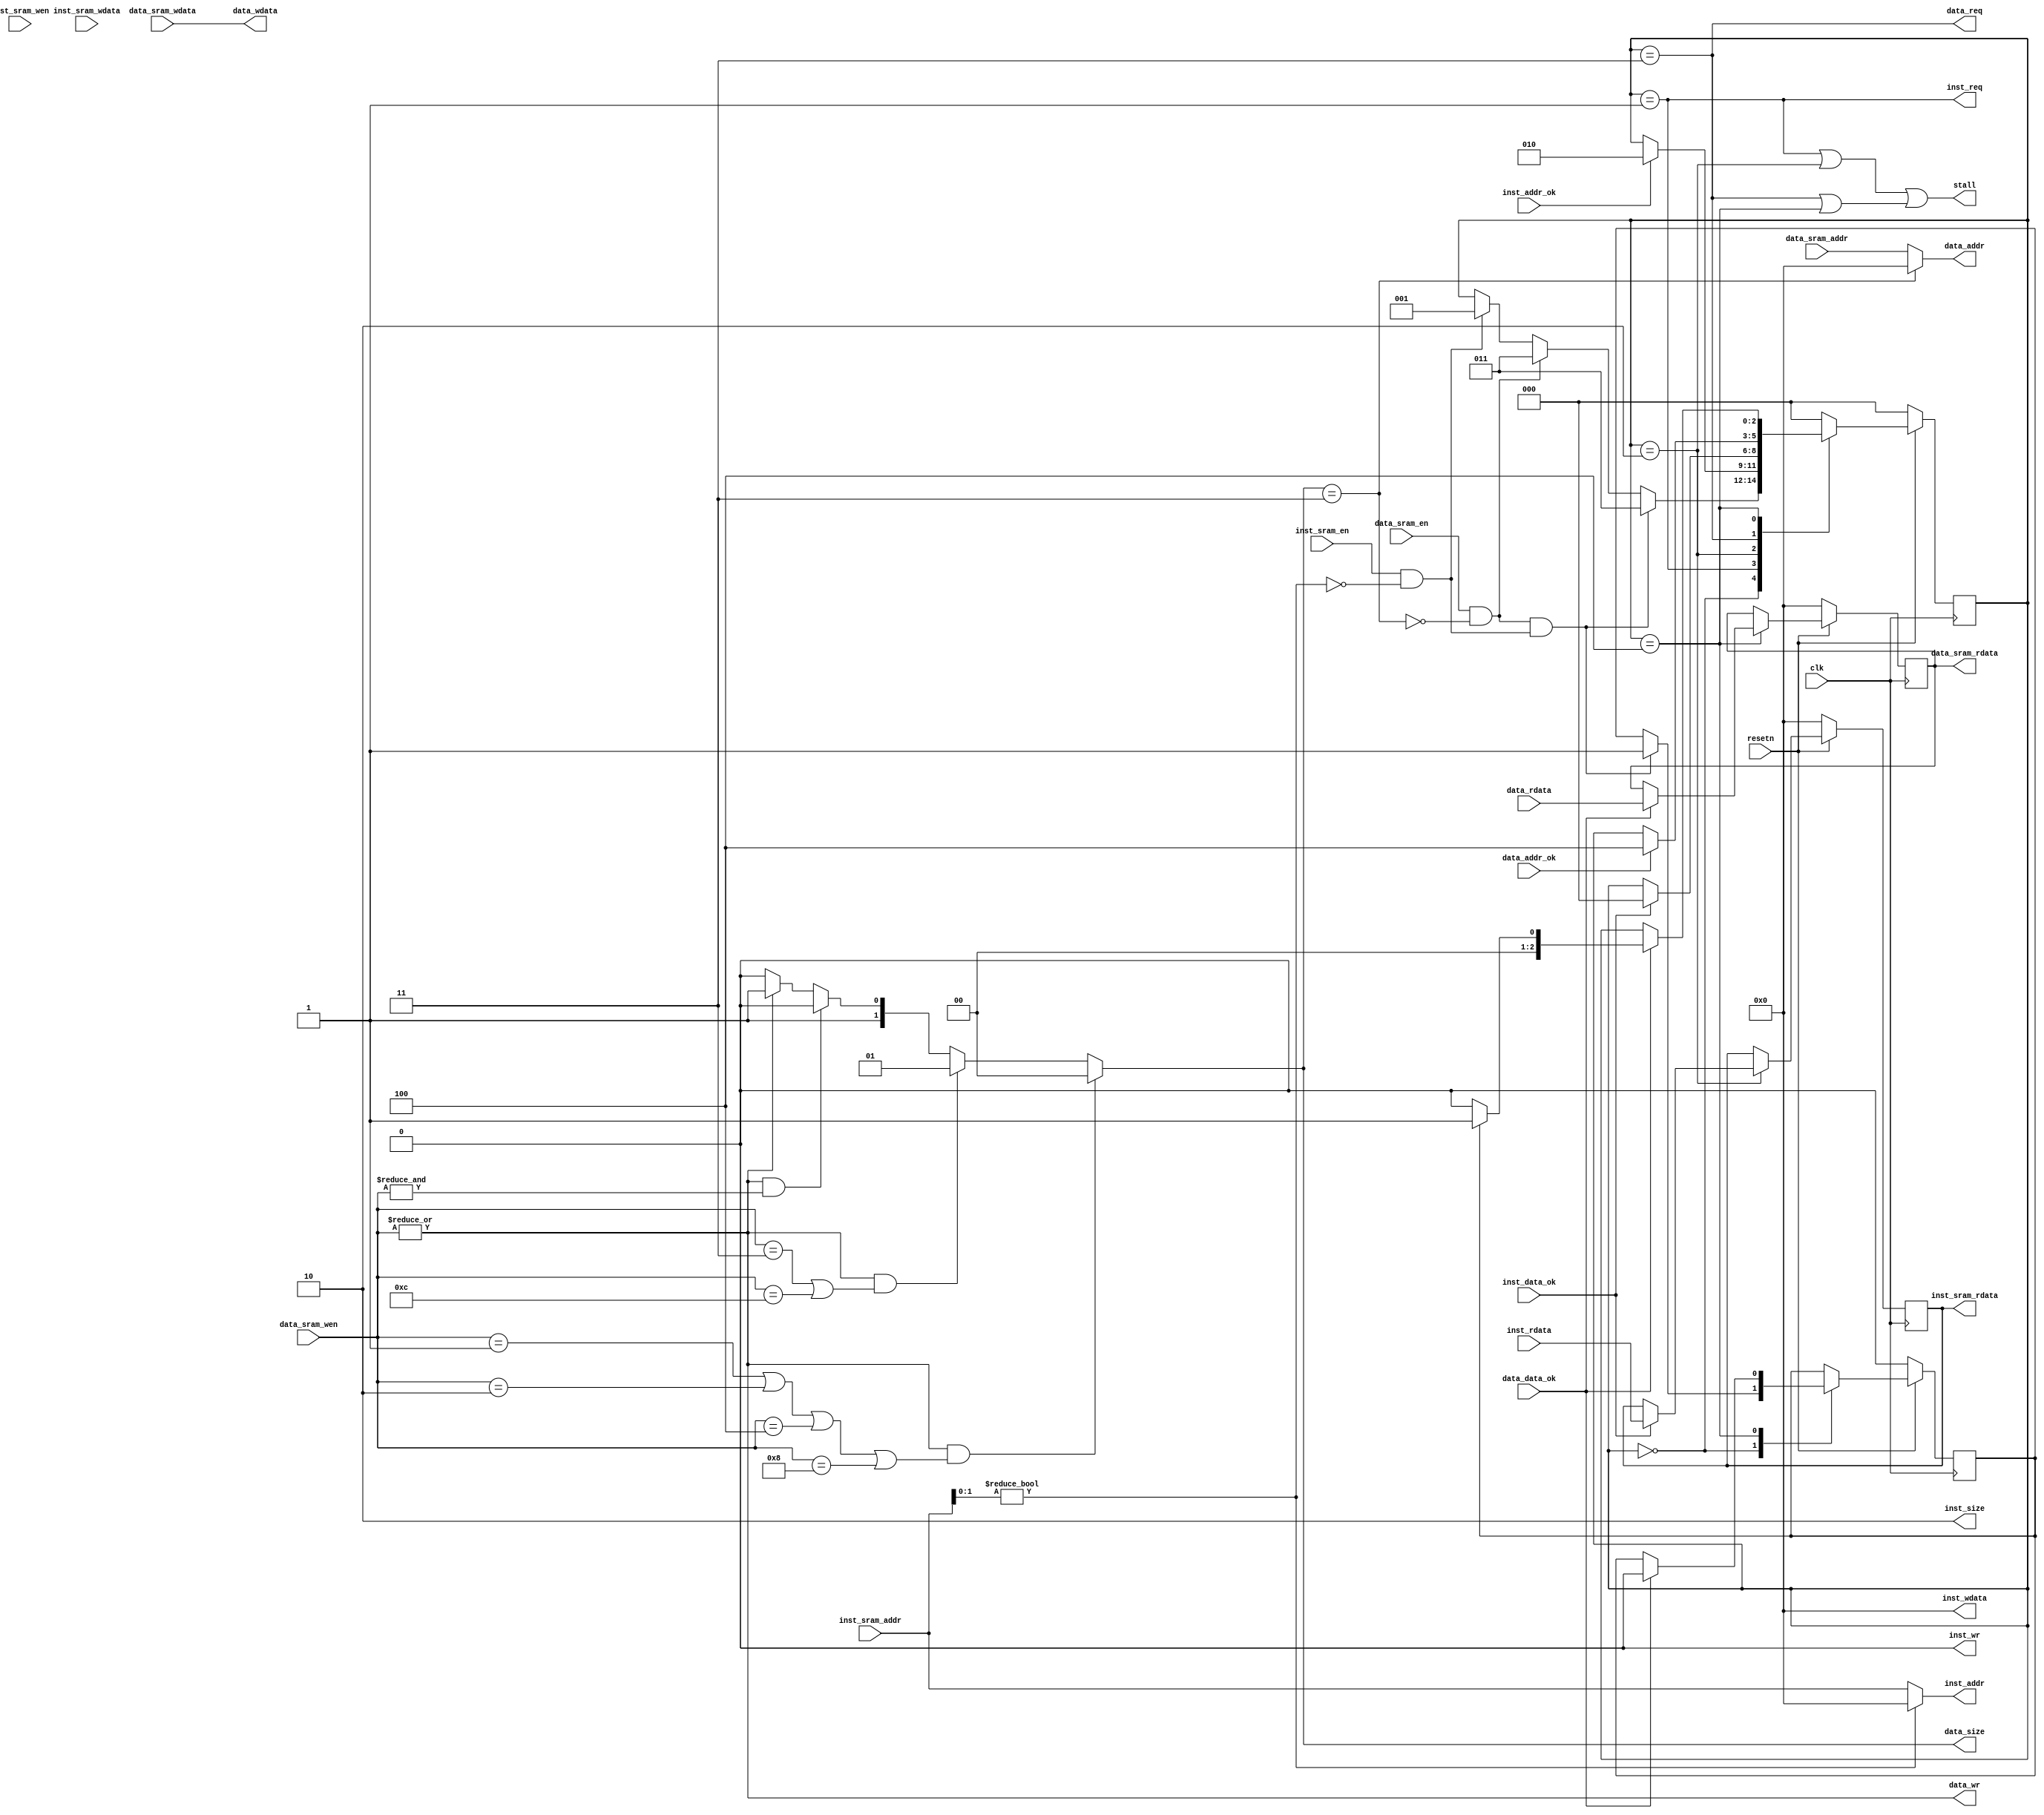
module sram2sram_like(
    input  wire        clk,
    input  wire        resetn,

    // output wire        inst_stall,
    // output wire        data_stall,

    output wire        stall,
    //to misp
    input  wire        inst_sram_en,
    input  wire [ 3:0] inst_sram_wen,
    input  wire [31:0] inst_sram_addr,
    input  wire [31:0] inst_sram_wdata,
    output wire [31:0] inst_sram_rdata,

    input  wire        data_sram_en,
    input  wire [ 3:0] data_sram_wen,
    input  wire [31:0] data_sram_addr,
    input  wire [31:0] data_sram_wdata,
    output wire [31:0] data_sram_rdata,
    //to bus
    output wire        inst_req,    //
    output wire        inst_wr,
    output wire [1 :0] inst_size,
    output wire [31:0] inst_addr,
    output wire [31:0] inst_wdata,
    input  wire [31:0] inst_rdata,  //
    input  wire        inst_addr_ok,//
    input  wire        inst_data_ok,//

    output wire        data_req,
    output wire        data_wr,
    output wire [1 :0] data_size,
    output wire [31:0] data_addr,
    output wire [31:0] data_wdata,  
    input  wire [31:0] data_rdata,
    input  wire        data_addr_ok,
    input  wire        data_data_ok 
);
    wire inst_addr_exception, data_addr_exception;
    reg [31:0] inst_save_rdata,data_save_rdata;
    reg write_and_read;

    assign inst_addr_exception = (inst_sram_addr[1:0]!=2'b00);
    assign data_addr_exception = (data_size==2'b11);
    //instr
    assign inst_wr = 1'b0;
    assign inst_size = 2'b10;
    assign inst_wdata = 32'b0;
    assign inst_addr = (~inst_addr_exception)?inst_sram_addr:32'b0;
    assign inst_sram_rdata = inst_save_rdata;
    //data
    assign data_addr = (~data_addr_exception)?data_sram_addr:32'b0;
    assign data_wdata = data_sram_wdata;
    assign data_sram_rdata = data_save_rdata;
    assign data_wr = |data_sram_wen;
    assign data_size = data_wr && (data_sram_wen == 4'b0001 ||data_sram_wen == 4'b0010 || data_sram_wen == 4'b0100 || data_sram_wen == 4'b1000 )?2'b00:
                       data_wr && (data_sram_wen == 4'b0011 ||data_sram_wen == 4'b1100 )?2'b01:
                       data_wr && (&data_sram_wen)?2'b10:
                       ~data_wr?2'b10:2'b11; //2'b11 exception



    parameter [2:0] RUN = 0, INST= 1, INST_AOK= 2, DATA = 3, DATA_AOK = 4;
    reg [2:0] state;
    always @(posedge clk) begin
        if(~resetn) begin
            state <= RUN;
            write_and_read <= 1'b0;
        end
        else begin
            case(state)
                RUN: begin
                    if( (data_sram_en && ~data_addr_exception) && (inst_sram_en && ~inst_addr_exception)) begin  //priority
                        state <= DATA;
                        write_and_read <= 1'b1;
                    end
                    else if(data_sram_en && ~data_addr_exception) begin  //priority
                        state <= DATA;
                    end
                    else if(inst_sram_en && ~inst_addr_exception) begin
                        state <= INST;
                    end
                end
                INST: begin
                    if(inst_addr_ok) begin
                        state <= INST_AOK;
                    end
                end
                INST_AOK: begin
                    if(inst_data_ok) begin
                        state <= RUN;
                    end
                end
                DATA: begin
                    if(data_addr_ok) begin
                        state <= DATA_AOK;
                    end
                end
                DATA_AOK: begin
                    if(data_data_ok) begin
                        if(write_and_read) begin
                            state <= INST;
                            write_and_read <= 1'b0;
                        end
                        else begin
                            state <= RUN;
                        end
                    end
                end
                default: state <= RUN;
            endcase
        end
    end

    always @(posedge clk) begin
        if(~resetn) begin
            data_save_rdata <= 32'b0;
            inst_save_rdata <= 32'b0;
        end
        else begin
            case(state)
                INST_AOK: begin
                    if(inst_data_ok) begin
                        inst_save_rdata <= inst_rdata;
                    end
                end
                DATA_AOK: begin
                    if(data_data_ok) begin
                        data_save_rdata <= data_rdata;
                    end
                end
                default: begin
                    data_save_rdata <= data_save_rdata;
                    inst_save_rdata <= inst_save_rdata;
                 end
            endcase
        end
    end
    assign inst_stall = (state == INST || state == INST_AOK);
    assign data_stall = (state == DATA || state == DATA_AOK);

    assign inst_req = (state == INST);
    assign data_req = (state == DATA);
    assign stall = inst_stall || data_stall;
endmodule